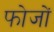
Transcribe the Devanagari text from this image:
फोजों